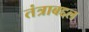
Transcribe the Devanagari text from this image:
तंत्राबद्दल